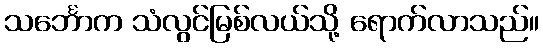
သင်္ဘောက သံလွင်မြစ်လယ်သို့ ရောက်လာသည်။